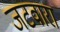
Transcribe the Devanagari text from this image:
जटवारा